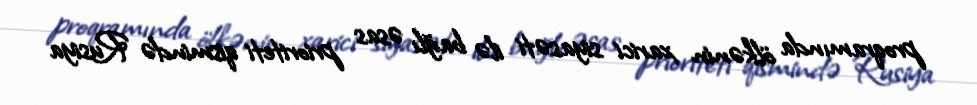
proqramında ölkənin xarici siyasəti ilə bağlı əsas prioriteti qismində Rusiya